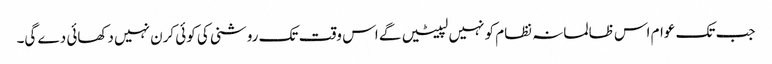
جب تک عوام اس ظالمانہ نظام کو نہیں لپیٹیں گے اس وقت تک روشنی کی کوئی کرن نہیں دکھائی دے گی۔